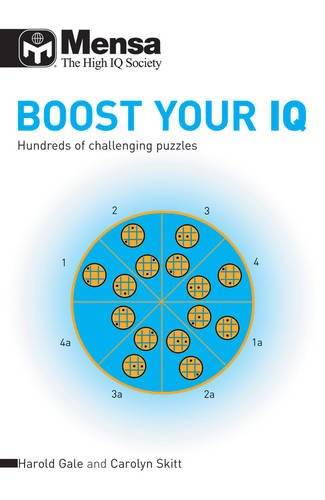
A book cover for Mensa Boost Your IQ: Hundreds of Challenging Puzzles; Carolyn Skitt; Humor & Entertainment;